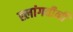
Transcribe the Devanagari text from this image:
ह्लांगवीनी